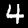
Digit: 4